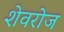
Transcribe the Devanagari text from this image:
शेवरोज